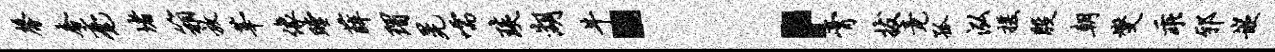
馨奢毫堵箱放莘像瞠薛瑁晃嚅琰湖牛：膏拔竟孤泓援殷朝燮乖邪嵌